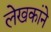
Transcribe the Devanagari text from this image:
लेखकांने